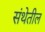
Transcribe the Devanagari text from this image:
संथेतील